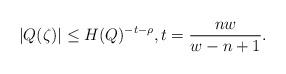
LaTeX: \begin{align*} \vert Q(\zeta)\vert \leq H(Q)^{-t-\rho}, t=\frac{nw}{w-n+1}.\end{align*}